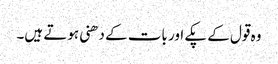
وہ قول کے پکے اور بات کے دھنی ہوتے ہیں۔